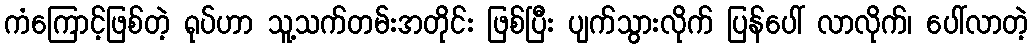
ကံကြောင့်ဖြစ်တဲ့ ရုပ်ဟာ သူ့သက်တမ်းအတိုင်း ဖြစ်ပြီး ပျက်သွားလိုက် ပြန်ပေါ် လာလိုက်၊ ပေါ်လာတဲ့